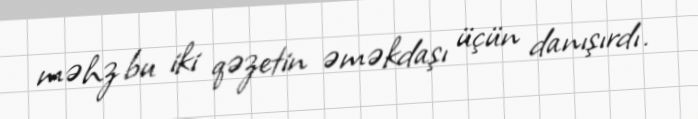
məhz bu iki qəzetin əməkdaşı üçün danışırdı.